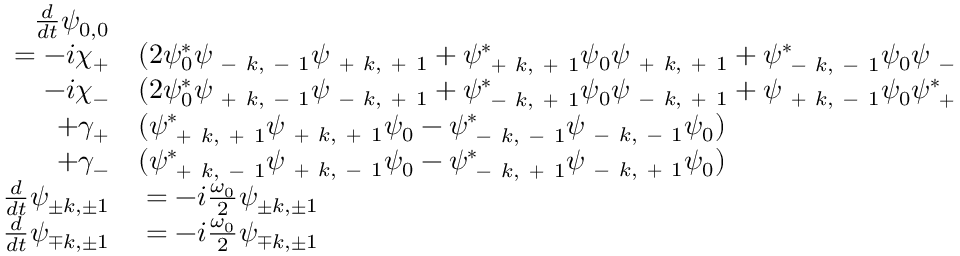
\begin{array} { r l } { \frac { d } { d t } \psi _ { 0 , 0 } } & { { } } \\ { = - i \chi _ { + } } & { { } ( 2 \psi _ { 0 } ^ { * } \psi _ { \mathrm { ~ - ~ } k , \mathrm { ~ - ~ } 1 } \psi _ { \mathrm { ~ + ~ } k , \mathrm { ~ + ~ } 1 } + \psi _ { \mathrm { ~ + ~ } k , \mathrm { ~ + ~ } 1 } ^ { * } \psi _ { 0 } \psi _ { \mathrm { ~ + ~ } k , \mathrm { ~ + ~ } 1 } + \psi _ { \mathrm { ~ - ~ } k , \mathrm { ~ - ~ } 1 } ^ { * } \psi _ { 0 } \psi _ { \mathrm { ~ - ~ } k , \mathrm { ~ - ~ } 1 } ) } \\ { - i \chi _ { - } } & { { } ( 2 \psi _ { 0 } ^ { * } \psi _ { \mathrm { ~ + ~ } k , \mathrm { ~ - ~ } 1 } \psi _ { \mathrm { ~ - ~ } k , \mathrm { ~ + ~ } 1 } + \psi _ { \mathrm { ~ - ~ } k , \mathrm { ~ + ~ } 1 } ^ { * } \psi _ { 0 } \psi _ { \mathrm { ~ - ~ } k , \mathrm { ~ + ~ } 1 } + \psi _ { \mathrm { ~ + ~ } k , \mathrm { ~ - ~ } 1 } \psi _ { 0 } \psi _ { \mathrm { ~ + ~ } k , \mathrm { ~ - ~ } 1 } ^ { * } ) } \\ { + \gamma _ { + } } & { { } ( \psi _ { \mathrm { ~ + ~ } k , \mathrm { ~ + ~ } 1 } ^ { * } \psi _ { \mathrm { ~ + ~ } k , \mathrm { ~ + ~ } 1 } \psi _ { 0 } - \psi _ { \mathrm { ~ - ~ } k , \mathrm { ~ - ~ } 1 } ^ { * } \psi _ { \mathrm { ~ - ~ } k , \mathrm { ~ - ~ } 1 } \psi _ { 0 } ) } \\ { + \gamma _ { - } } & { { } ( \psi _ { \mathrm { ~ + ~ } k , \mathrm { ~ - ~ } 1 } ^ { * } \psi _ { \mathrm { ~ + ~ } k , \mathrm { ~ - ~ } 1 } \psi _ { 0 } - \psi _ { \mathrm { ~ - ~ } k , \mathrm { ~ + ~ } 1 } ^ { * } \psi _ { \mathrm { ~ - ~ } k , \mathrm { ~ + ~ } 1 } \psi _ { 0 } ) } \\ { \frac { d } { d t } \psi _ { \pm k , \pm 1 } } & { { } = - i \frac { \omega _ { 0 } } { 2 } \psi _ { \pm k , \pm 1 } } \\ { \frac { d } { d t } \psi _ { \mp k , \pm 1 } } & { { } = - i \frac { \omega _ { 0 } } { 2 } \psi _ { \mp k , \pm 1 } } \end{array}